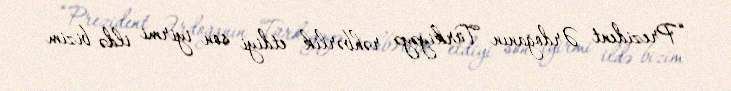
“Prezident Ərdoğanın Türkiyəyə rəhbərlik etdiyi son iyirmi ildə bizim